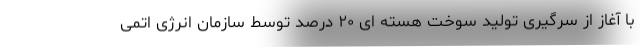
با آغاز از سرگیری تولید سوخت هسته ای ۲۰ درصد توسط سازمان انرژی اتمی